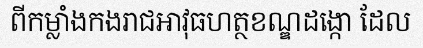
ពីកម្លាំងកងរាជអាវុធហត្ថខណ្ឌដង្កោ ដែល